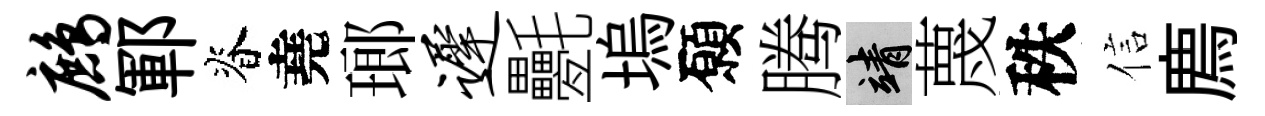
鹧鄆脊堯瑯迟氎塢願腾靖蔑秩信廌